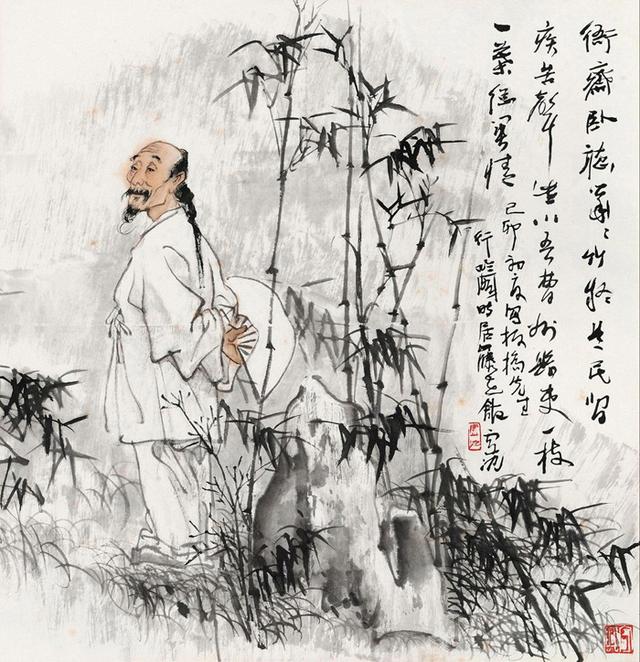
檐流未滴梅花冻，一种清孤不等闲。